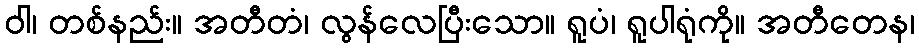
ဝါ၊ တစ်နည်း။ အတီတံ၊ လွန်လေပြီးသော။ ရူပံ၊ ရူပါရုံကို။ အတီတေန၊